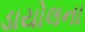
ડાયોલના